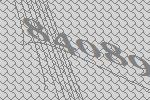
84089